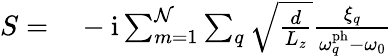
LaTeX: \begin{array}{rl}{S=}&{{}-\mathrm{i}\sum_{m=1}^{\mathcal{N}}\sum_{q}\sqrt{\frac{d}{L_{z}}}\frac{\xi_{q}}{\omega_{q}^{\mathrm{ph}}-\omega_{0}}}\end{array}